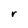
Character: r